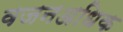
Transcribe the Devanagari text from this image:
वजनअधिक